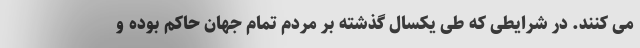
می کنند. در شرایطی که طی یکسال گذشته بر مردم تمام جهان حاکم بوده و